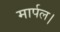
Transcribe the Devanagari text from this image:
मार्पल।